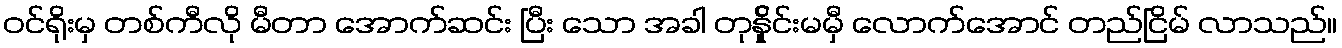
ဝင်ရိုးမှ တစ်ကီလို မီတာ အောက်ဆင်း ပြီး သော အခါ တုန်ှိုင်းမမှီ လောက်အောင် တည်ငြိမ် လာသည်။